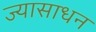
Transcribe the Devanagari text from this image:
ज्यासाधन